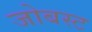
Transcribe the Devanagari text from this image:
जोबस्ट